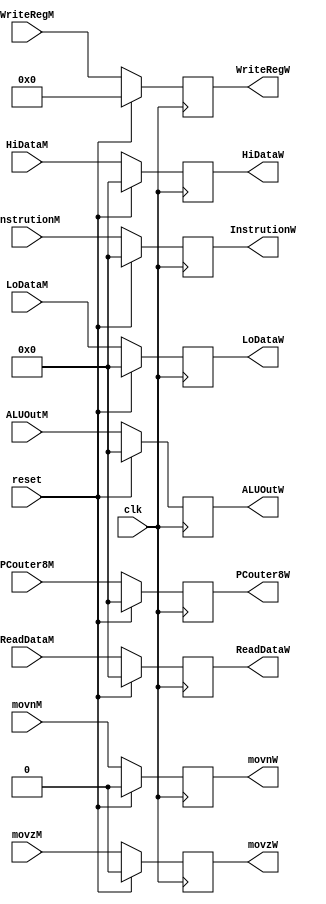
`timescale 1ns / 1ps
//////////////////////////////////////////////////////////////////////////////////
// Company: 
// 
// Design Name: 
// Module Name:    PipeRegMW 
// Project Name: 
// Target Devices: 
// Tool versions: 
// Description: 
//
// Dependencies: 
//
// Revision: 
// Revision 0.01 - File Created
// Additional Comments: 
//
//////////////////////////////////////////////////////////////////////////////////
module PipeRegMW(
	input clk,
	input reset,
	input movnM,
	input movzM,
	input [4:0] WriteRegM,
	input [31:0] InstrutionM,
	input [31:0] PCouter8M,
	input [31:0] ReadDataM,
	input [31:0] ALUOutM,
	input [31:0] HiDataM,
	input [31:0] LoDataM,
	
	output reg movnW,
	output reg movzW,
	output reg [4:0] WriteRegW,
	output reg [31:0] InstrutionW,
	output reg [31:0] PCouter8W,
	output reg [31:0] ReadDataW,
	output reg [31:0] ALUOutW,
	output reg [31:0] HiDataW,
	output reg [31:0] LoDataW
    );
	always@(posedge clk) begin
		if(reset) begin
			movnW<=0;
			movzW<=0;
			WriteRegW<=5'b0;
			InstrutionW<=32'b0;
			PCouter8W<=32'b0;
			ReadDataW<=32'b0;
			ALUOutW<=32'b0;
			HiDataW<=32'b0;
			LoDataW<=32'b0;
		end
		else begin
			movnW<=movnM;
			movzW<=movzM;
			WriteRegW<=WriteRegM;
			InstrutionW<=InstrutionM;
			PCouter8W<=PCouter8M;
			ReadDataW<=ReadDataM;
			ALUOutW<=ALUOutM;
			HiDataW<=HiDataM;
			LoDataW<=LoDataM;
		end
	end
endmodule